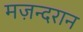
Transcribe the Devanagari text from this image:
मज़न्दरान